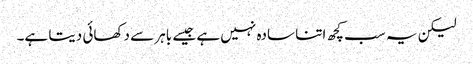
لیکن یہ سب کچھ اتنا سادہ نہیں ہے جیسے باہر سے دکھائی دیتا ہے۔